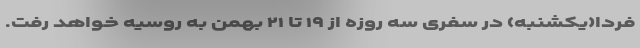
فردا(یکشنبه) در سفری سه روزه از ۱۹ تا ۲۱ بهمن به روسیه خواهد رفت.